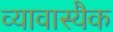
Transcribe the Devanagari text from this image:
व्यावास्यैक